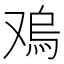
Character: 𠭬